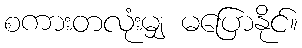
စကားတလုံးမျှ မပြောနိုင်။